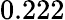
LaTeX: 0.222